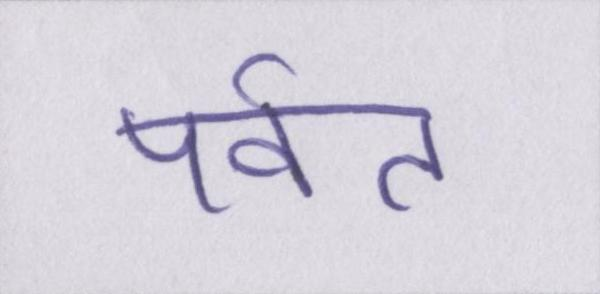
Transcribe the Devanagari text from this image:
पर्वत